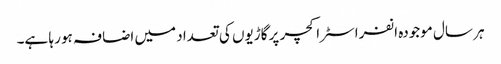
ہر سال موجودہ انفراسٹراکچر پر گاڑیوں کی تعداد میں اضافہ ہو رہا ہے۔